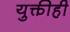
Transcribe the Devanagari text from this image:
युक्तीही